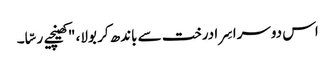
اس دوسرا سِرا درخت سے باندھ کر بولا، "کھینچیے رسّا۔